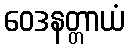
ဝေဒနတ္တာယံ